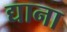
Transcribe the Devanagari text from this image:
द्याना